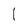
Character: 1